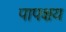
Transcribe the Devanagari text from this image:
पापक्षय